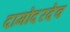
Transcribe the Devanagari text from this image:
दामोदरदेव